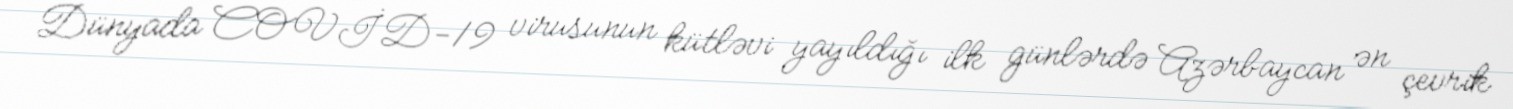
Dünyada COVİD-19 virusunun kütləvi yayıldığı ilk günlərdə Azərbaycan ən çevrik